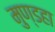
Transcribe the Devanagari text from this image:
मुण्डहा